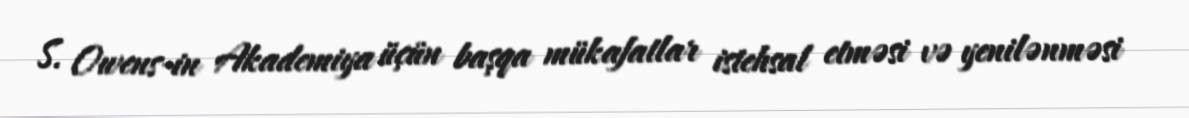
S. Owens-in Akademiya üçün başqa mükafatlar istehsal etməsi və yenilənməsi